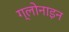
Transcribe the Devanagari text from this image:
ग्लोनाइन